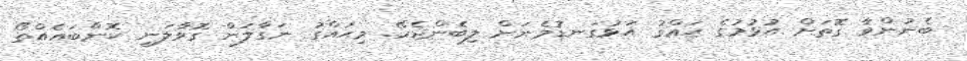
ބެނުންވާ ގޮތަށް އުޅުމުގެ ޙައްގު އަޅުގަނޑުމެނަށް ލިބެންޖެހޭ. މިޙައްގު ނަގާލަން ގޮވާލަނީ ކޮންބައެއްތޯ